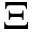
\Xi